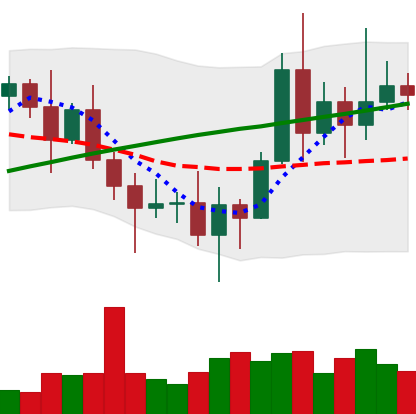
Ticker: XRP-USD
Chart end date: 2020-11-12
Forward return: 18.636%
Label: up_7plus